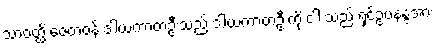
သာဝတ္ထိ ဇေတဝန် ဒါယကာတဦးသည် ဒါယကာတဦးကို ငါ သည် ရှင်ဥပနန္ဒအား